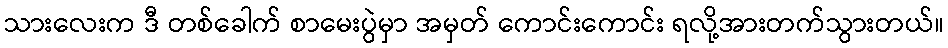
သားလေးက ဒီ တစ်ခေါက် စာမေးပွဲမှာ အမှတ် ကောင်းကောင်း ရလို့အားတက်သွားတယ်။